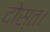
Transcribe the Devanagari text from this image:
दोस्त।